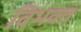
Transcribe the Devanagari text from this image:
विभक्त